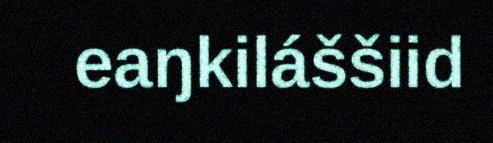
eaŋkiláššiid